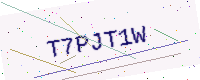
Text: T7PJT1W